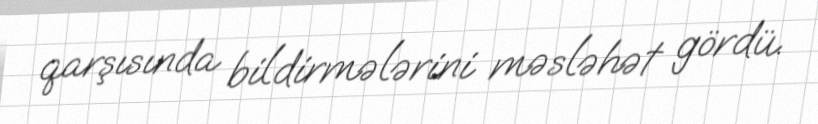
qarşısında bildirmələrini məsləhət gördü.